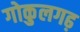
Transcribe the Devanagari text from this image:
गोकुलगढ़